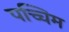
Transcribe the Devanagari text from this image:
पच्चिम